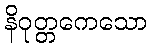
နိဝုတ္တကေသော